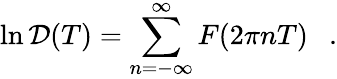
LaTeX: \ln{\cal D}(T)=\sum_{n=-\infty}^{\infty}F(2\pi nT)~~~.